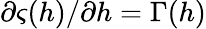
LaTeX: \partial\varsigma(h)/\partial h=\Gamma(h)